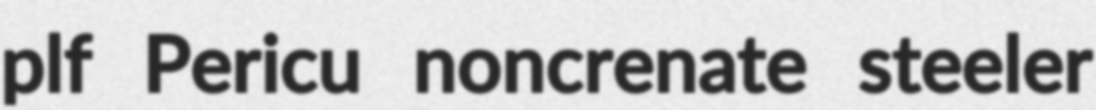
plf Pericu noncrenate steeler